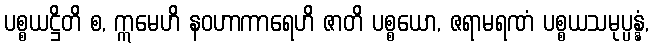
ပစ္စယဋ္ဌိတိ စ, ဣမေဟိ နဝဟာကာရေဟိ ဇာတိ ပစ္စယော, ဇရာမရဏံ ပစ္စယသမုပ္ပန္နံ,